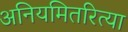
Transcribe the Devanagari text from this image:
अनियमितरित्या